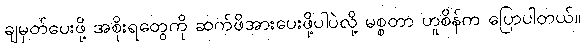
ချမှတ်ပေးဖို့ အစိုးရတွေကို ဆက်ဖိအားပေးဖို့ပါပဲလို့ မစ္စတာ ဟူစိန်က ပြောပါတယ်။